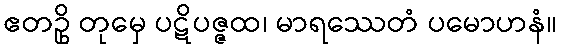
ဧတဥှိ တုမှေ ပဋိပဇ္ဇထ၊ မာရဿေတံ ပမောဟနံ။